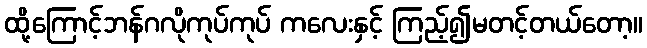
ထို့ကြောင့်ဘန်ဂလိုကုပ်ကုပ် ကလေးနှင့် ကြည့်၍မတင့်တယ်တော့။